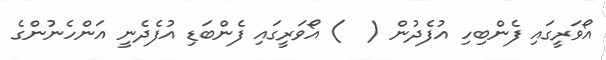
އޯވަރީގައި ފެންބިހި އުފެދުން (  ) އޯވަރީގައި ފެންބަޑި އުފެދެނީ އަންހެނުންގެ